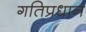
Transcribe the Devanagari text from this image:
गतिप्रधान